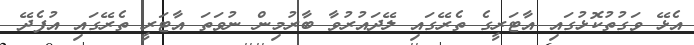
އެޅޭ ވަގުތުކޮޅުގައި އާޓަރީގެ ތެރޭގައި ލޭދައުރުވާ ބާރުމިން ނުވަތަ އާޓަރީ ތެރޭގައި އުފެދޭ